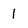
Character: 1